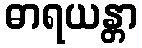
ဓာရယန္တာ